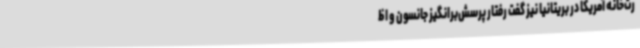
رت‌خانه آمریکا در بریتانیا نیز گفت رفتار پرسش‌برانگیز جانسون و اظ